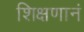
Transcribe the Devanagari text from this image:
शिक्षणानं